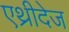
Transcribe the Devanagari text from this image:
एथ्रीदेज